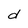
Character: d